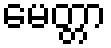
မေတ္တာ